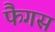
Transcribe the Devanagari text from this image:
फैगस